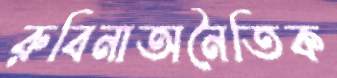
রুবিনাঅনৈতিক